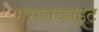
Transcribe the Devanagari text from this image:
मसलव्हाइट